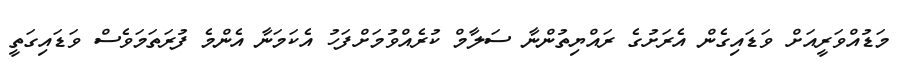
މަޑުއްވަރީއަށް ވަޑައިގެން އެރަށުގެ ރައްޔިތުންނާ ސަލާމް ކުރެއްވުމަށްފަހު އެކަމަނާ އެންމެ ފުރަތަމަވެސް ވަޑައިގަތީ